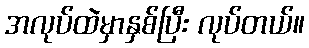
အလုပ်ထဲမှာနှစ်ပြီး လုပ်တယ်။